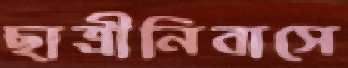
ছাত্রীনিবাসে